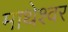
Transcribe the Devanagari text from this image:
माथेश्वर